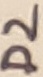
Text: D2